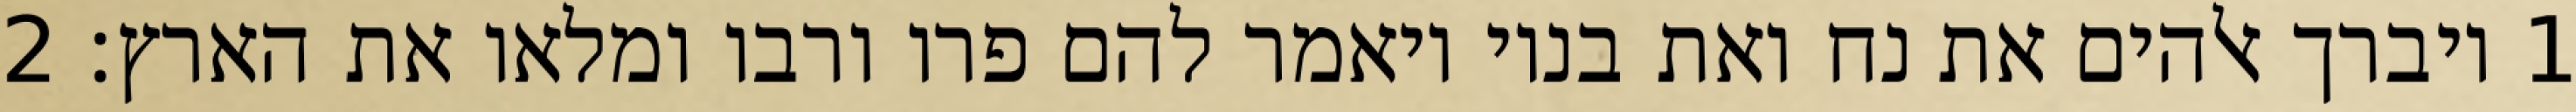
1 ויברך אלהים את נח ואת בניו ויאמר להם פרו ורבו ומלאו את הארץ׃ ‎2‏